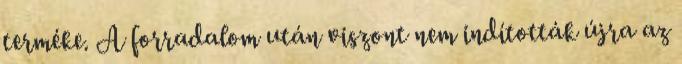
terméke. A forradalom után viszont nem indították újra az